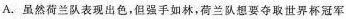
A.虽然荷兰队表现出色，但强手如林，荷兰队想要夺取世界杯冠军